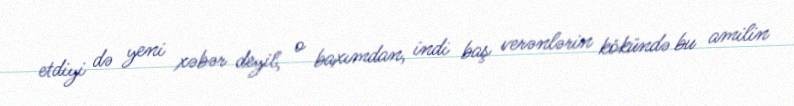
etdiyi də yeni xəbər deyil, o baxımdan, indi baş verənlərin kökündə bu amilin